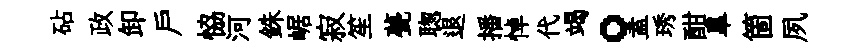
砧政卸户恊河銖崌寂笙甍聦退播悼代竭。盍琇酣臯箇夙